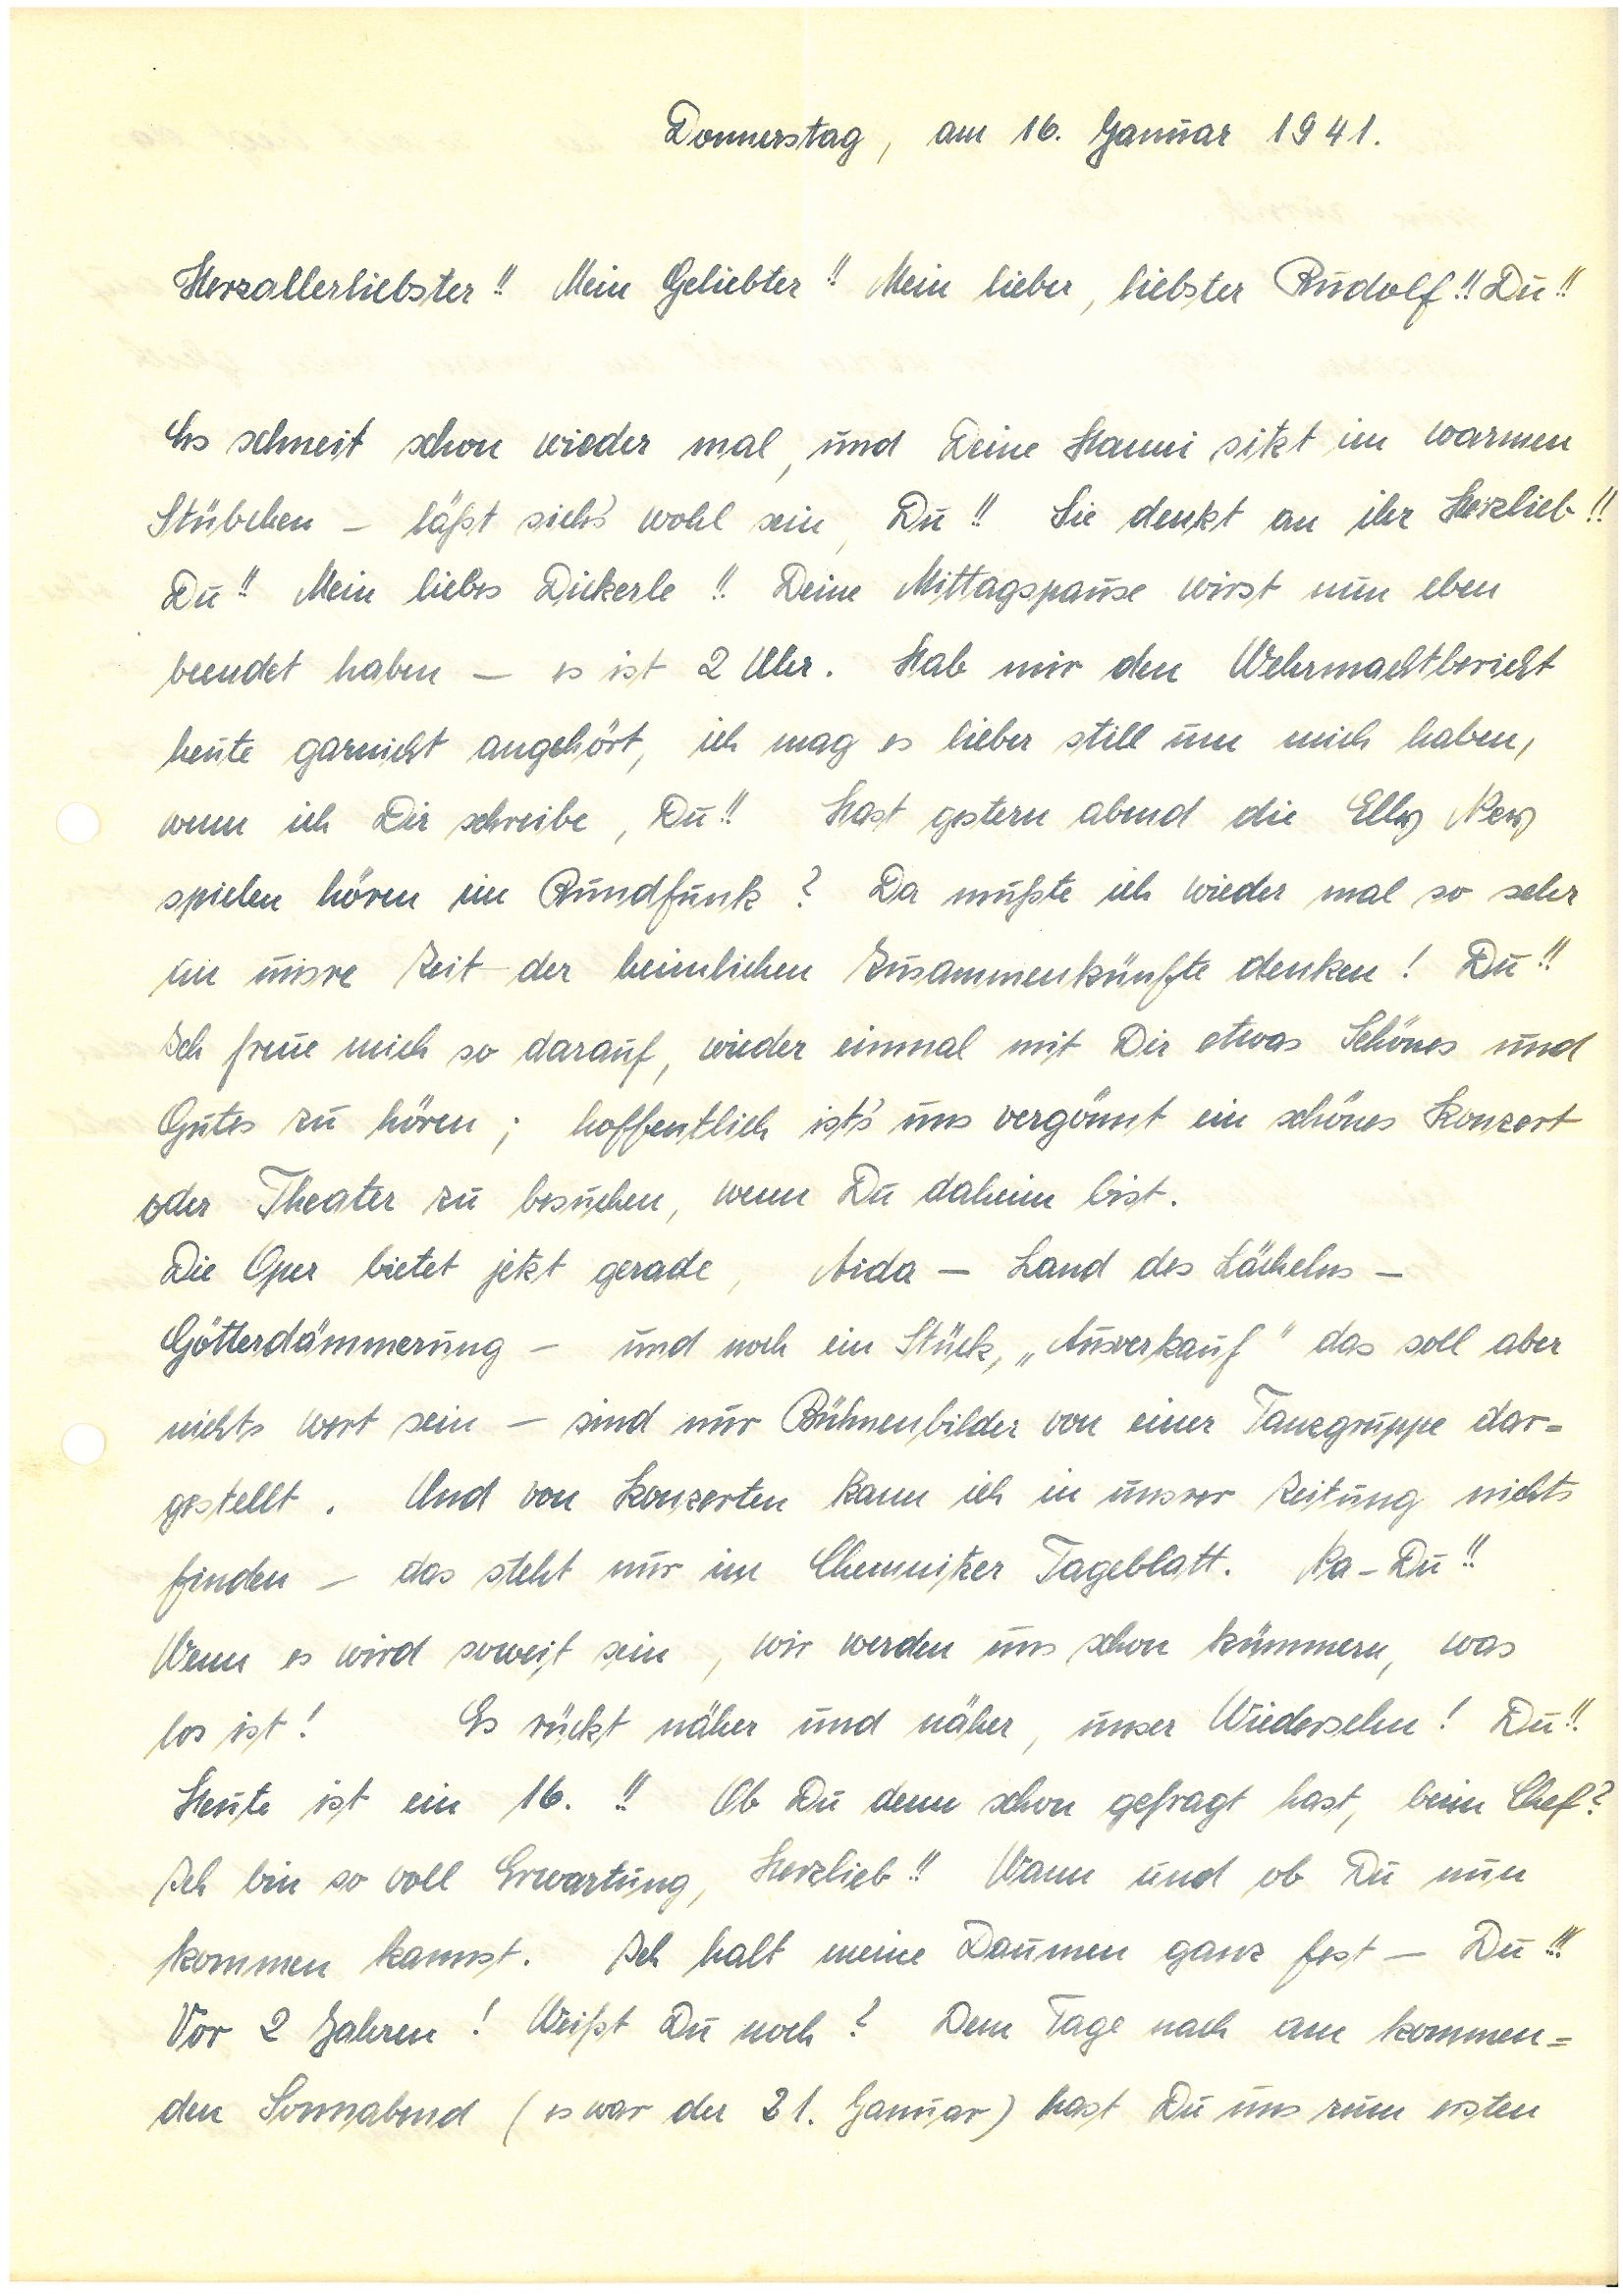
Donnerstag, am 16. Januar 1941.
Herzallerliebster!! Mein Geliebter!! Mein lieber, liebster!! Du!!
Es schneit schon wieder mal, und Deine  sitzt im warmen
Stübchen – läßt sich’s wohl sein, Du!! Sie denkt an ihr Herzlieb!!
Du!! Mein liebes Dickerle!! Deine Mittagspause wirst nun eben
beendet haben – es ist 2 Uhr. Hab mir den Wehrmachtbericht
heute garnicht angehört, ich mag es lieber still um mich haben,
wenn ich Dir schreibe, Du!! Hast gestern abend die Elly Ney
spielen hören im Rundfunk? Da mußte ich wieder mal so sehr
an unsre Zeit der heimlichen Zusammenkünfte denken! Du!!
Ich freue mich so darauf, wieder einmal mit Dir etwas Schönes und
Gutes zu hören; hoffentlich ist’s uns vergönnt ein schönes Konzert
oder Theater zu besuchen, wenn Du daheim bist.
Die Oper bietet jetzt gerade, Aida – Land des Lächelns –
Götterdämmerung – und noch ein Stück, „Ausverkauf“ das soll aber
nichts wert sein – sind nur Bühnenbilder von einer Tanzgruppe dar¬
gestellt. Und von Konzerten kann ich in unsrer Zeitung nichts
finden – das steht nur im Chemnitzer Tageblatt. Na – Du!!
Wenn es wird soweit sein, wir werden uns schon kümmern, was
los ist! Es rückt näher und näher, unser Wiedersehn! Du!!
Heute ist ein 16.!! Ob Du denn schon gefragt hast, beim Chef?
Ich bin so voll Erwartung, Herzlieb!! Wann und ob Du nun
kommen kannst. Ich halt meine Daumen ganz fest – Du!!!
Vor 2 Jahren! Weißt Du noch? Dem Tage nach am kommen¬
den Sonnabend (es war der 21. Januar) hast Du uns zum ersten